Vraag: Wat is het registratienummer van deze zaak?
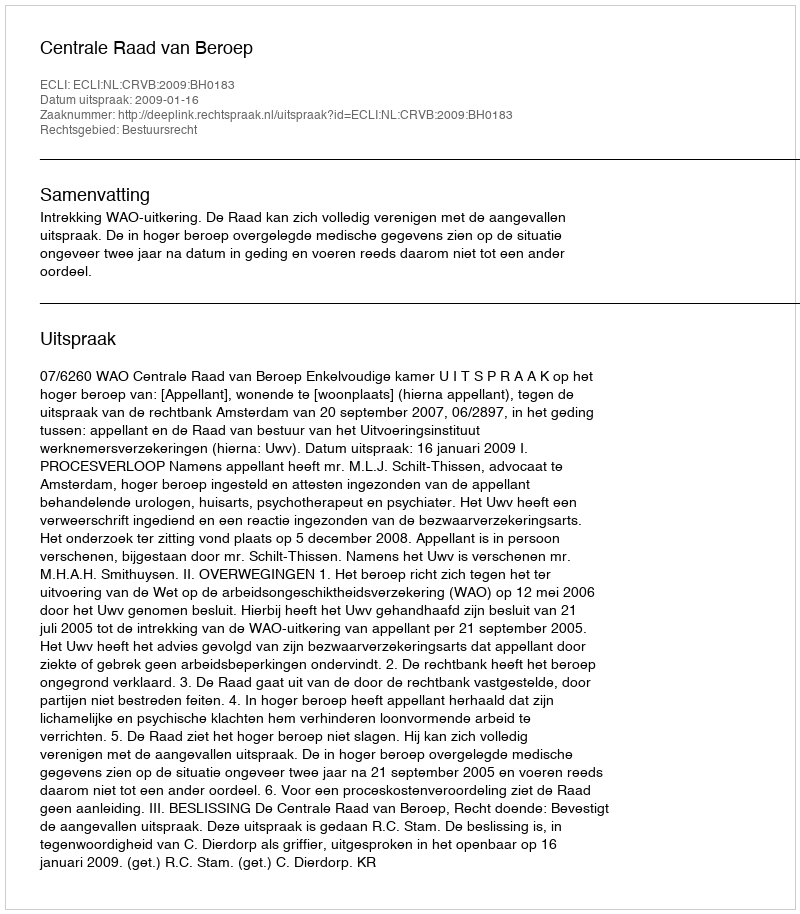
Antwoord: http://deeplink.rechtspraak.nl/uitspraak?id=ECLI:NL:CRVB:2009:BH0183